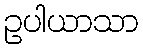
ဥပါယာသာ